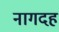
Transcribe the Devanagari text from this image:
नागदह